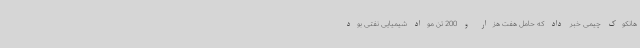
هانکوک چیمی خبر داد که حامل هفت هزار و 200 تن مواد شیمیایی نفتی بود